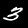
Digit: 3